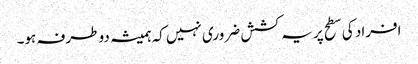
افراد کی سطح پر یہ کشش ضروری نہیں کہ ہمیشہ دو طرفہ ہو۔